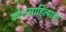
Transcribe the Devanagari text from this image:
कोशसाहित्याचा